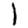
Digit: 1